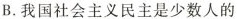
B.我国社会主义民主是少数人的